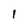
Character: I